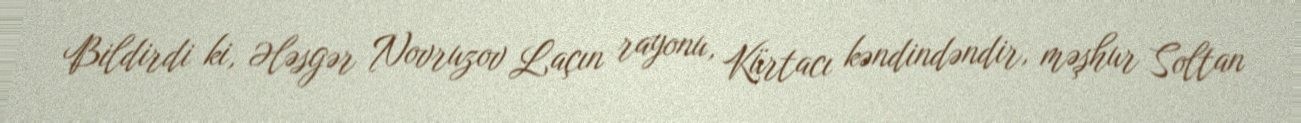
Bildirdi ki, Ələsgər Novruzov Laçın rayonu, Kürtacı kəndindəndir, məşhur Soltan